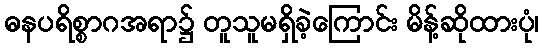
ဓနပရိစ္စာဂအရာ၌ တူသူမရှိခဲ့ကြောင်း မိန့်ဆိုထားပုံ၊